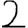
Digit: 2